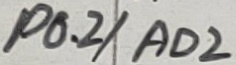
Text: P0.2/AD2